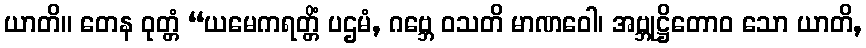
ယာတိ။ တေန ဝုတ္တံ “ယမေကရတ္တိံ ပဌမံ, ဂဗ္ဘေ ဝသတိ မာဏဝေါ၊ အဗ္ဘုဋ္ဌိတောဝ သော ယာတိ,